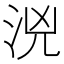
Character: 𣳸